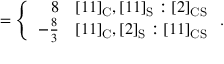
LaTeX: = \left\{ \begin{array} { r r } { { 8 } } & { { [ 1 1 ] _ { \mathrm { C } } , [ 1 1 ] _ { \mathrm { S } } : [ 2 ] _ { \mathrm { C S } } } } \\ { { - { \frac { 8 } { 3 } } } } & { { [ 1 1 ] _ { \mathrm { C } } , [ 2 ] _ { \mathrm { S } } : [ 1 1 ] _ { \mathrm { C S } } } } \end{array} \right. .